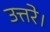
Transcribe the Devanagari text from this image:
उत्तरे।